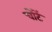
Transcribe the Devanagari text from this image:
चोंटें